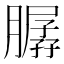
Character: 𦠳